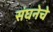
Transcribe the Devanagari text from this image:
संघनेचे